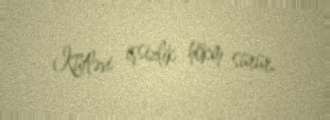
Kütləvi işsizlik hökm sürür.